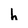
Character: h